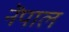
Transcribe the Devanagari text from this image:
नॆपाल